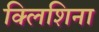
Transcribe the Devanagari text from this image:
क्लिशिना